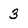
Character: 3